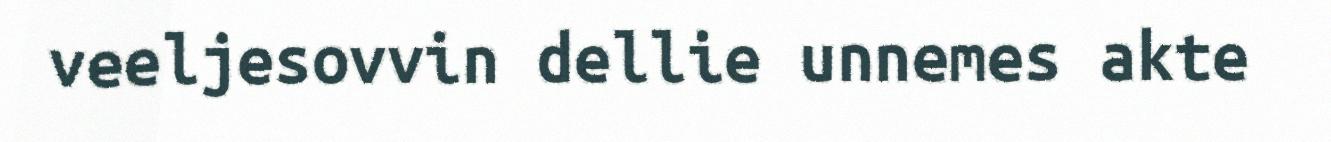
veeljesovvin dellie unnemes akte